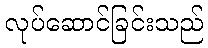
လုပ်ဆောင်ခြင်းသည်